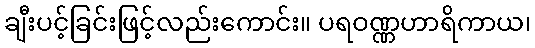
ချီးပင့်ခြင်းဖြင့်လည်းကောင်း။ ပရဝဏ္ဏဟာရိကာယ၊